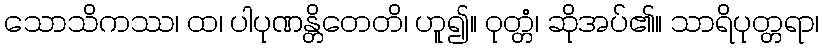
သောသိကဿ၊ ထ၊ ပါပုဏန္တိတေတိ၊ ဟူ၍။ ဝုတ္တံ၊ ဆိုအပ်၏။ သာရိပုတ္တရာ၊